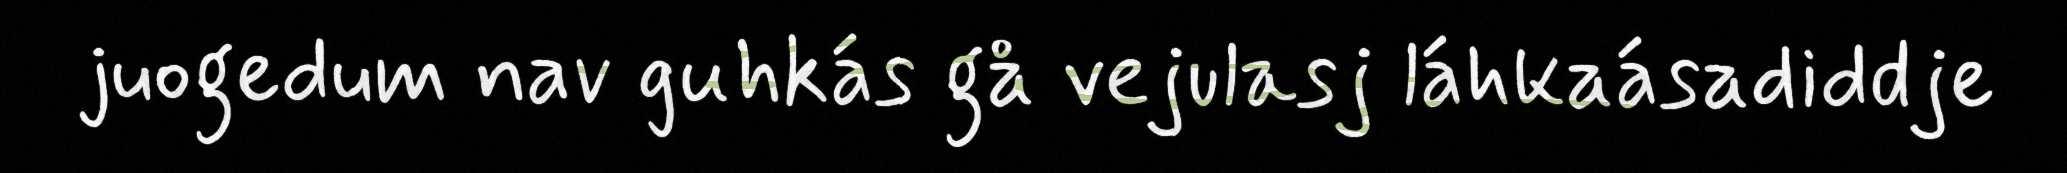
juogedum nav guhkás gå vejulasj láhkaásadiddje